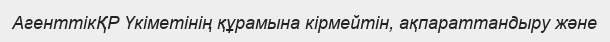
АгенттікҚР Үкіметінің құрамына кірмейтін, ақпараттандыру және